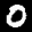
Label: 0